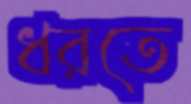
ধরতে